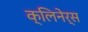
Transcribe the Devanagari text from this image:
क्लिनेर्स